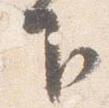
下